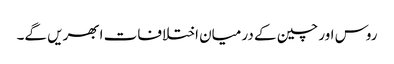
روس اور چین کے درمیان اختلافات ابھریں گے۔